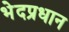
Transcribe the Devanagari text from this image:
भेदप्रधान